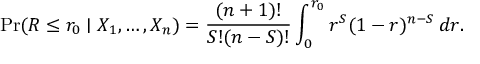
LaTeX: \operatorname* { P r } ( R \leq r _ { 0 } \mid X _ { 1 } , \ldots , X _ { n } ) = { \frac { ( n + 1 ) ! } { S ! ( n - S ) ! } } \int _ { 0 } ^ { r _ { 0 } } r ^ { S } ( 1 - r ) ^ { n - S } \, d r .